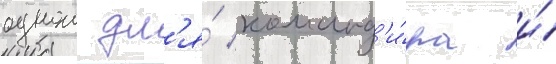
однои дл'я́ команд'и́ра и́